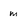
Character: m